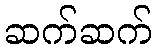
ဆက်ဆက်